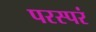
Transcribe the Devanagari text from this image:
परस्परं